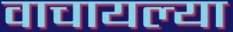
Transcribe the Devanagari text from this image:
वाचायल्या